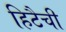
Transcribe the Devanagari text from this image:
हिटैची